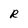
Character: R